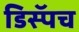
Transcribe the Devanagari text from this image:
डिस्पॅच